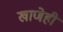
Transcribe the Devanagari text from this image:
खाणेही